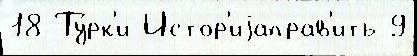
18 Ту́рк'и Истор'иjаправ'ить 9